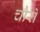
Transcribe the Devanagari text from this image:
चौरों